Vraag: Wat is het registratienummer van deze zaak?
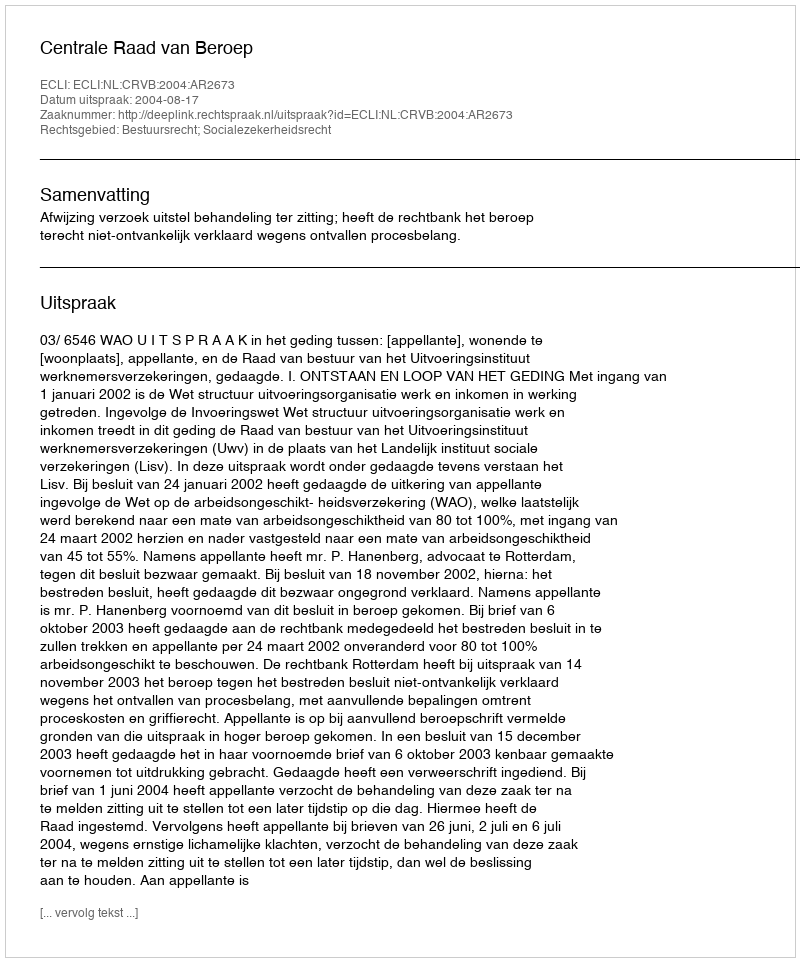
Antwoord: http://deeplink.rechtspraak.nl/uitspraak?id=ECLI:NL:CRVB:2004:AR2673